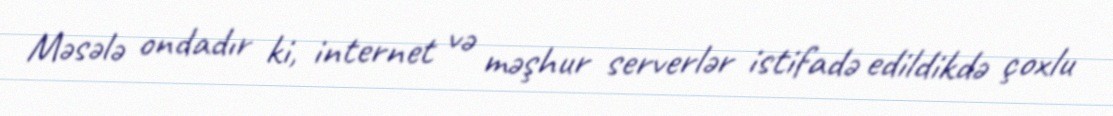
Məsələ ondadır ki, internet və məşhur serverlər istifadə edildikdə çoxlu